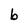
Character: b